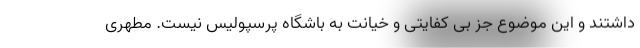
داشتند و این موضوع جز بی کفایتی و خیانت به باشگاه پرسپولیس نیست. مطهری